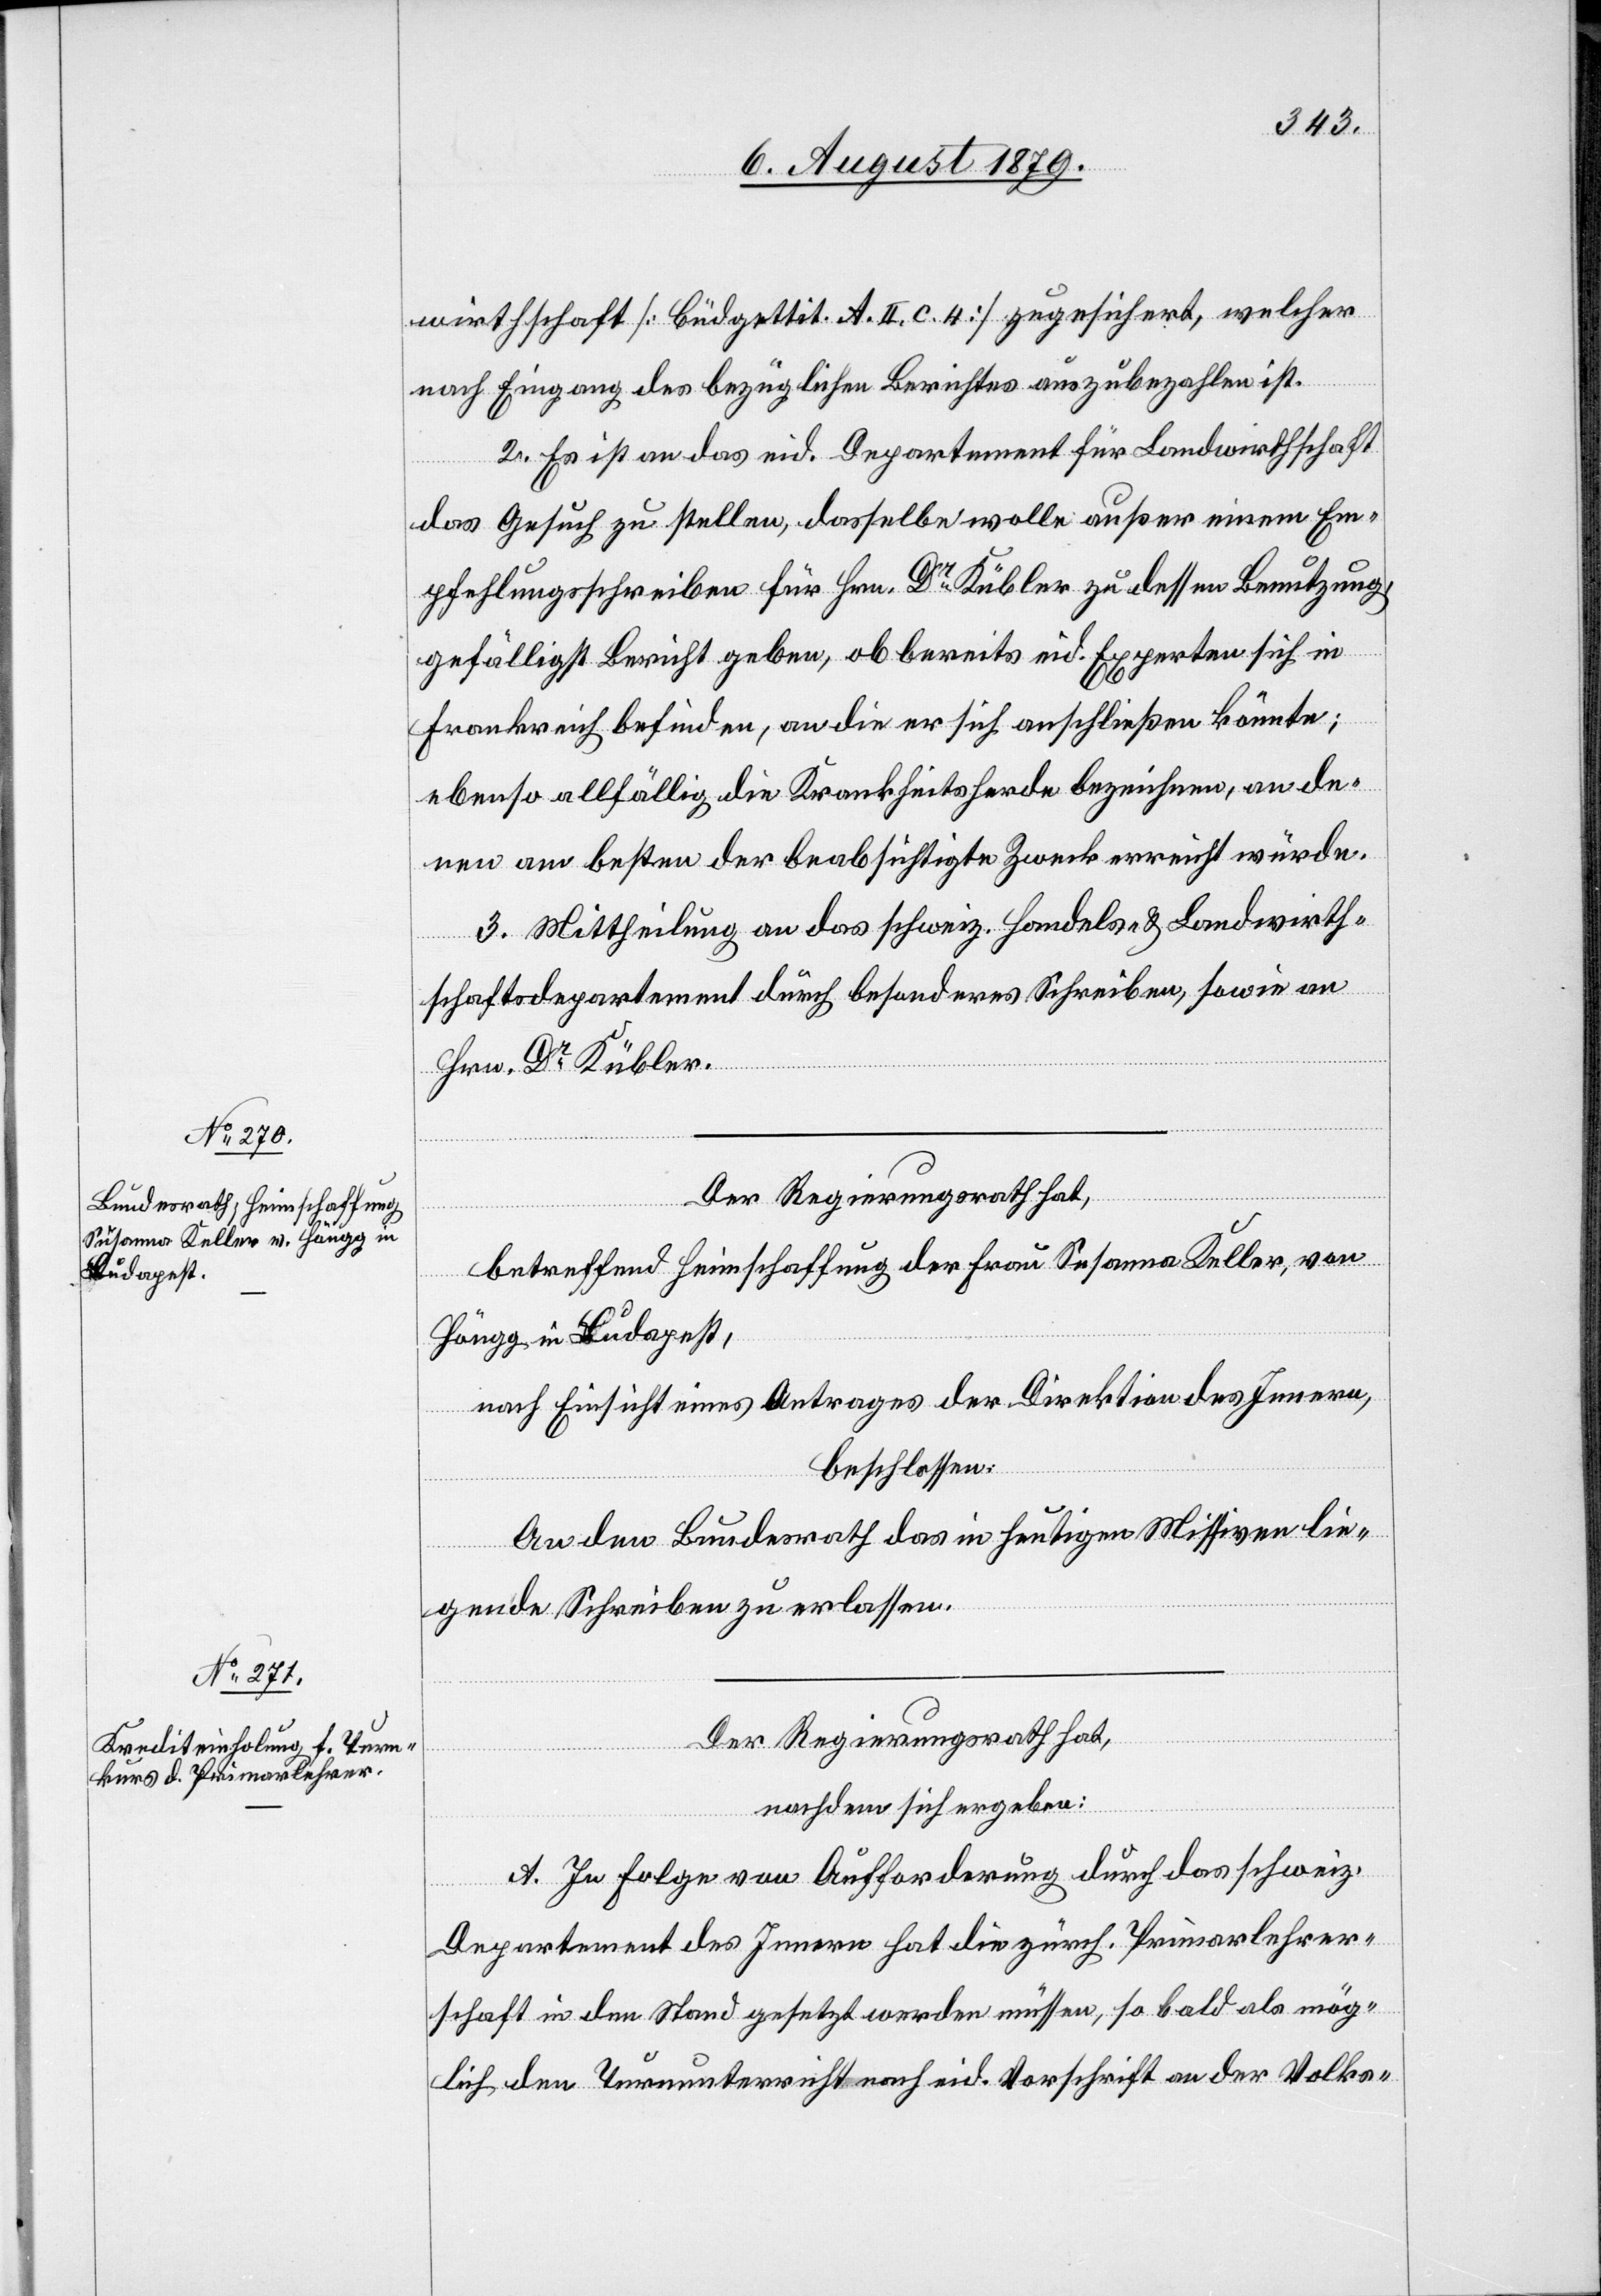
wirthschaft [Büdgettit. A. II. c. 4] zugesichert, welcher
nach Eingang des bezüglichen Berichtes auszubezahlen ist.
2. Es ist an das eid. Departement für Landwirthschaft
das Gesuch zu stellen, dasselbe wolle außer einem Em¬
pfehlungsschreiben für Hrn. Dr Kübler zu dessen Benutzung
gefälligst Bericht geben, ob bereits eid. Experten sich in
Frankreich befinden, an die er sich anschließen könnte;
ebenso allfällig die Krankheitsherde bezeichnen, an de¬
nen am besten der beabsichtigte Zweck erreicht würde.
3. Mittheilung an das schweiz. Handels- & Landwirth¬
schaftsdepartement durch besonderes Schreiben, sowie an
Hrn. Dr Kübler.
Der Regierungsrath hat,
betreffend Heimschaffung der Frau Susanna Keller, von
Höngg, in Budapest,
nach Einsicht eines Antrages der Direktion des Innern,
beschlossen:
An den Bundesrath das in heutigen Missiven lie¬
gende Schreiben zu erlassen.
Der Regierungsrath hat,
nachdem sich ergeben:
A. In Folge von Aufforderung durch das schweiz.
Departement des Innern hat die zürch. Primarlehrer¬
schaft in den Stand gesetzt werden müssen, so bald als mög¬
lich den Turnunterricht nach eid. Vorschrift an der Volks-